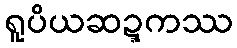
ရူပိယဆဍ္ဍကဿ